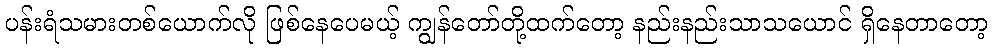
ပန်းရံသမားတစ်ယောက်လို ဖြစ်နေပေမယ့် ကျွန်တော်တို့ထက်တော့ နည်းနည်းသာသယောင် ရှိနေတာတော့